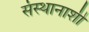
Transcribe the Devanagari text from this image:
संस्थानाशी